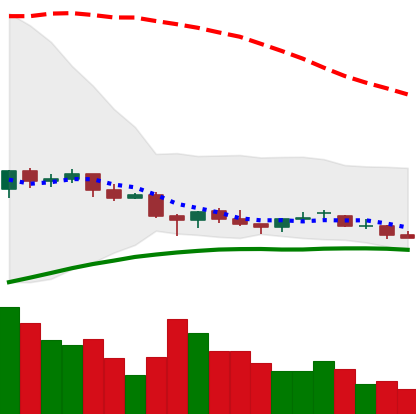
Ticker: EOS-USD
Chart end date: 2021-06-19
Forward return: -12.75%
Label: down_7plus